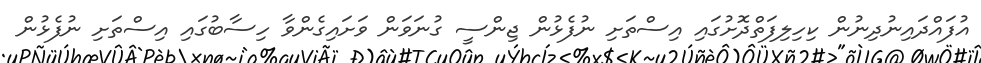
އުފައްދައިނުދިނުން ކިހިލިފަތްދޮށުގައި އިސްތަށި ނުފެޅުން ޖިންސީ ގުނަވަން ވަށައިގެންވާ ހިސާބުގައި އިސްތަށި ނުފެޅުން